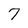
Character: 7